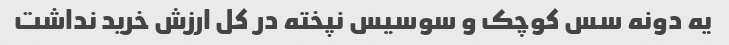
یه دونه سس کوچک و سوسیس نپخته در کل ارزش خرید نداشت